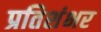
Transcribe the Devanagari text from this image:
प्रतिशंभर